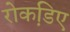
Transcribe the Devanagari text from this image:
रोकडि़ए